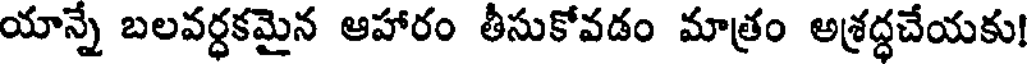
యాన్నే బలవర్ధకమైన ఆహారం తీసుకోవడం మాత్రం అశ్రద్ధచేయకు!